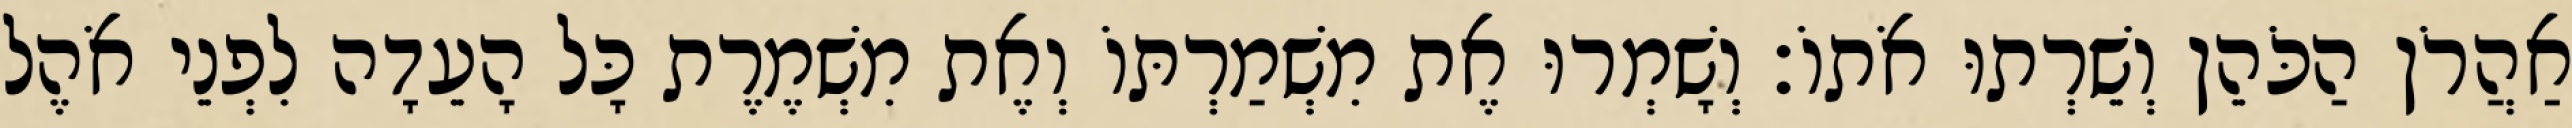
אַהֲרֹן הַכֹּהֵן וְשֵׁרְתוּ אֹתוֹ׃ וְשָׁמְרוּ אֶת מִשְׁמַרְתּוֹ וְאֶת מִשְׁמֶרֶת כָּל הָעֵדָה לִפְנֵי אֹהֶל